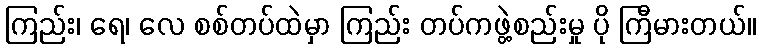
ကြည်း၊ ရေ၊ လေ စစ်တပ်ထဲမှာ ကြည်း တပ်ကဖွဲ့စည်းမှု ပို ကြီမားတယ်။